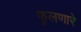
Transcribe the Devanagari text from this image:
फुलणारे